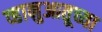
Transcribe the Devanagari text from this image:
व्हानुआतूच्या